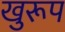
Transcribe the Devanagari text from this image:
खुरूप